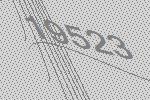
19523